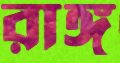
রাঙ্গ